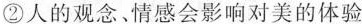
②人的观念﹑情感会影响对美的体验